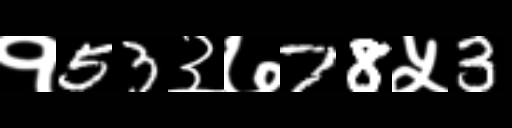
Text: १53३७78५3